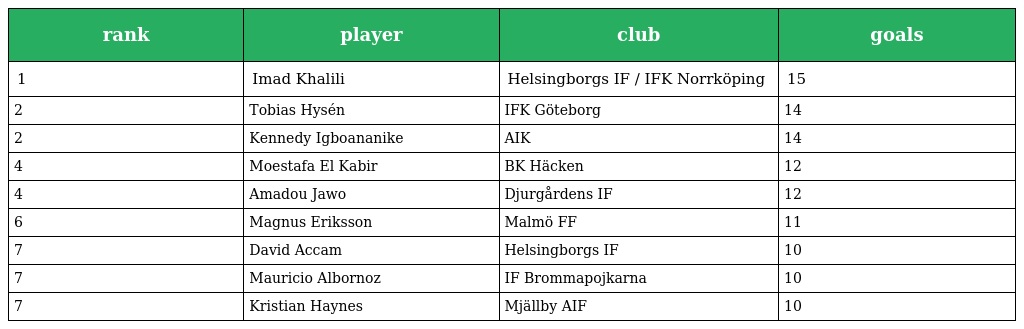
| rank | player | club | goals |
 | --- | --- | --- | --- |
 | 1 | Imad Khalili | Helsingborgs IF / IFK Norrköping | 15 |
 | 2 | Tobias Hysén | IFK Göteborg | 14 |
 | 2 | Kennedy Igboananike | AIK | 14 |
 | 4 | Moestafa El Kabir | BK Häcken | 12 |
 | 4 | Amadou Jawo | Djurgårdens IF | 12 |
 | 6 | Magnus Eriksson | Malmö FF | 11 |
 | 7 | David Accam | Helsingborgs IF | 10 |
 | 7 | Mauricio Albornoz | IF Brommapojkarna | 10 |
 | 7 | Kristian Haynes | Mjällby AIF | 10 |